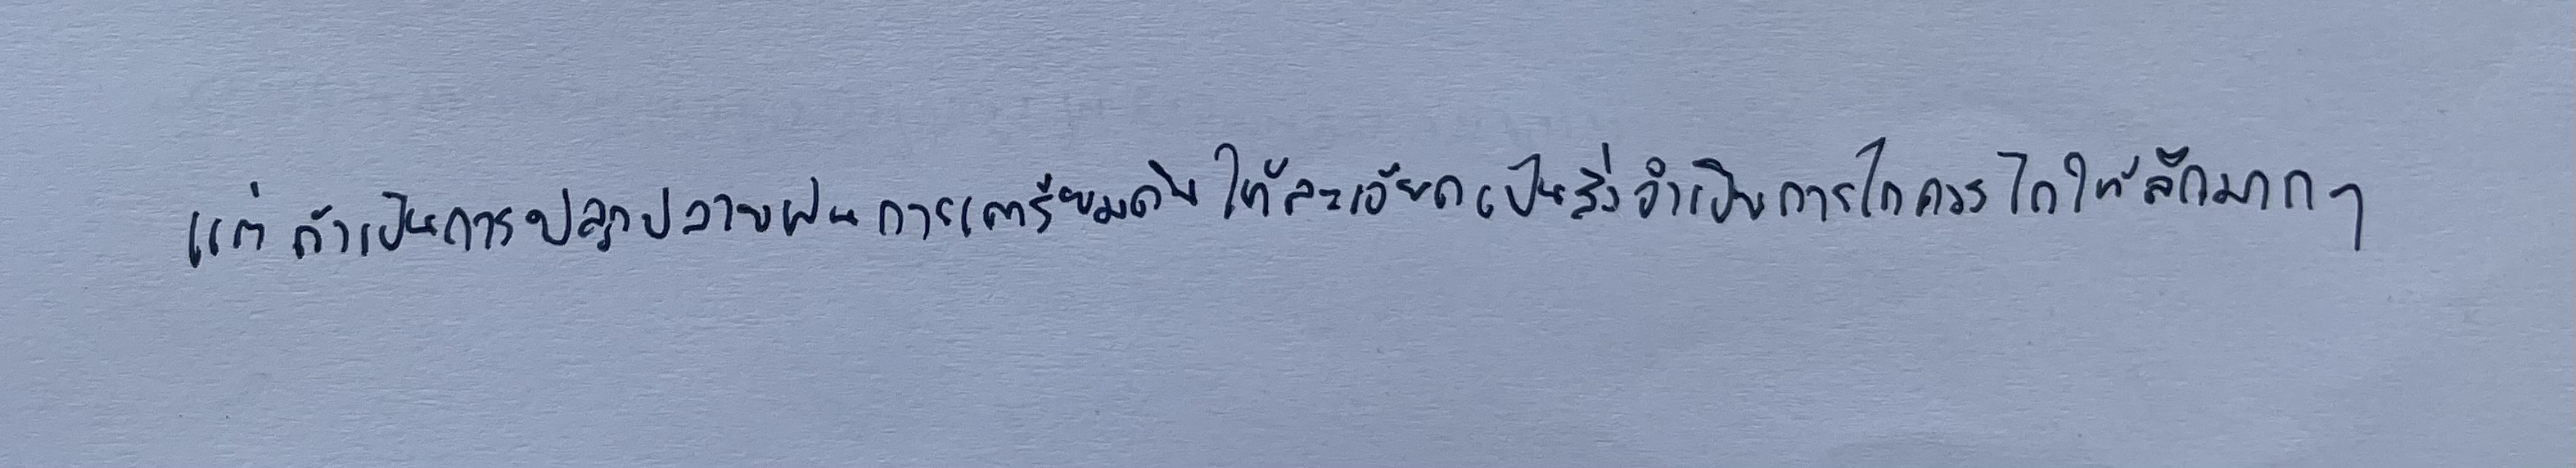
แต่ถ้าเป็นการปลูกปลายฝนการเตรียมดินให้ละเอียดเป็นสิ่งจำเป็นการไถควรไถให้ลึกมากๆ